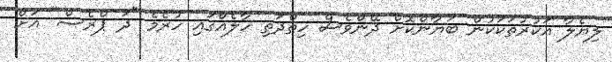
ލިޔެލާ އަކުރުތަކަކުން ބަޔާންކޮށް ދޭންވެސް ހިތްދަތި ހާލެއްގައި ހުރެމެ "ދަ ޕްރެސް" އަށް